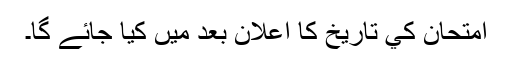
امتحان کي تاریخ کا اعلان بعد ميں کيا جائے گا۔